Indian journal of veterinary science and animal husbandry - Volume 8,
Year: 1938
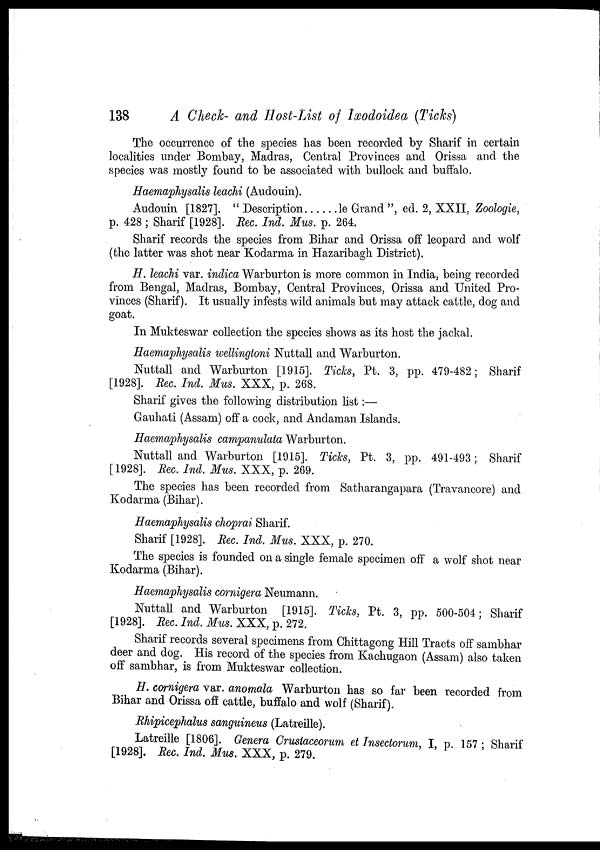
138
A Check- and Host-List of Ixodoidea (Ticks)
The occurrence of the species has been recorded by Sharif in certain
localities under Bombay, Madras, Central Provinces and Orissa and the
species was mostly found to be associated with bullock and buffalo.
Haemaphysalis leachi (Audouin).
Audouin [1827]. " Description
le Grand ", ed. 2, XXII, Zoologie,
p. 428 ; Sharif [1928]. Rec. Ind. Mus. p. 264.
Sharif records the species from Bihar and Orissa off leopard and wolf
(the latter was shot near Kodarma in Hazaribagh District).
H. leachi var. indica Warburton is more common in India, being recorded
from Bengal, Madras, Bombay, Central Provinces, Orissa and United Pro-
vinces (Sharif). It usually infests wild animals but may attack cattle, dog and
goat.
In Mukteswar collection the species shows as its host the jackal.
Haemaphysalis wellingtoni Nuttall and Warburton.
Nuttall and Warburton [1915]. Ticks, Pt. 3, pp. 479-482; Sharif
[1928]. Rec. Ind. Mus. XXX, p. 268.
Sharif gives the following distribution list:—
Gauhati (Assam) off a cock, and Andaman Islands.
Haemaphysalis campanulata Warburton.
Nuttall and Warburton [1915]. Ticks, Pt. 3, pp. 491-493; Sharif
[1928]. Rec. Ind. Mus. XXX, p. 269.
The species has been recorded from Satharangapara (Travancore) and
Kodarma (Bihar).
Haemaphysalis choprai Sharif.
Sharif [1928]. Rec. Ind. Mus. XXX, p. 270.
The species is founded on a single female specimen off a wolf shot near
Kodarma (Bihar).
Haemaphysalis cornigera Neumann.
Nuttall and Warburton [1915]. Ticks. Pt. 3, pp. 500-504; Sharif
[1928]. Rec. Ind. Mus. XXX, p. 272.
Sharif records several specimens from Chittagong Hill Tracts off sambhar
deer and dog. His record of the species from Kachugaon (Assam) also taken
off sambhar, is from Mukteswar collection.
H. cornigera var. anomala Warburton has so far been recorded from
Bihar and Orissa off cattle, buffalo and wolf (Sharif).
Rhipicephalus sanguineus (Latreille).
Latreille [1806]. Genera Crustaceorum et Insectorum, I, p. 157 ; Sharif
[1928]. Rec. Ind. Mus. XXX, p. 279.